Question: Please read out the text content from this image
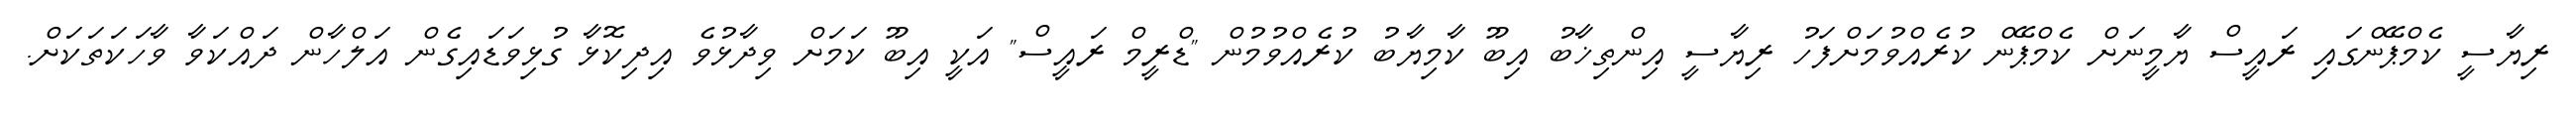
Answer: ރިޔާސީ ކެމްޕޭންގައި ރައީސް ޔާމީނަށް ކެމްޕޭން ކުރެއްވުމަށްފަހު ރިޔާސީ އިންތިޚާބު އިބޫ ކާމިޔާބު ކުރެއްވުމުން "ޑްރީމް ރައީސް" އަކީ އިބޫ ކަމަށް ވިދާޅުވެ އިދިކޮޅާ ގުޅިވަޑައިގެން އަލްހާން ދައްކަވާ ވާހަކަތަކަށް.